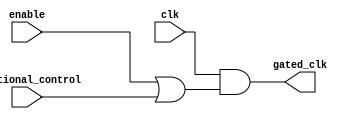
module ClockGating (
    input wire clk,                      // Main clock signal
    input wire enable,                   // Enable signal for memory block
    input wire additional_control,       // Additional control signal (optional)
    output wire gated_clk                // Gated clock output
);

    // OR logic for clock gating
    assign gated_clk = clk & (enable | additional_control);

endmodule